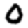
Digit: 0